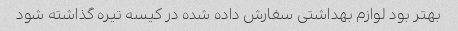
بهتر بود لوازم بهداشتی سفارش داده شده در کیسه تیره گذاشته شود